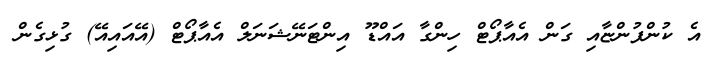
އެ ކުންފުންޏާއި ގަން އެއާޕޯޓް ހިންގާ އައްޑޫ އިންޓަނޭޝަނަލް އެއާޕޯޓް (އޭއައިއޭ) ގުޅިގެން